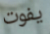
يفوت